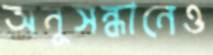
অনুসন্ধানেও